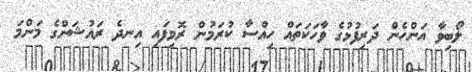
ލޯބިވާ އަންހެން ދަރިފުޅުގެ ވާހަކަތައް ހިއްސާ ކުރަމުން ރޮވިފައި އިނދެ ރައުޝަންގެ މަންމަ